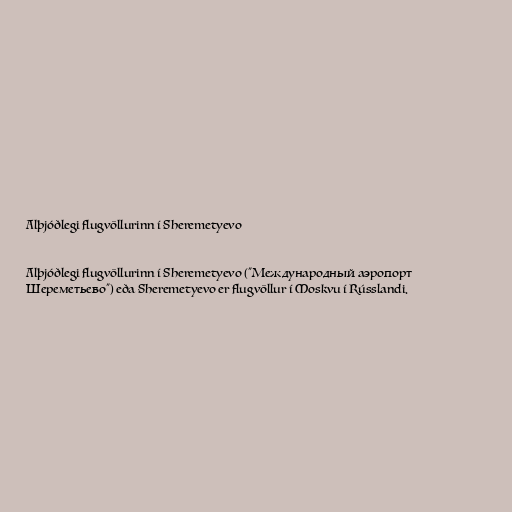
Alþjóðlegi flugvöllurinn í Sheremetyevo

Alþjóðlegi flugvöllurinn í Sheremetyevo ("Международный аэропорт
Шереметьево") eða Sheremetyevo er flugvöllur í Moskvu í Rússlandi.